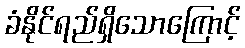
ခံနိုင်ရည်ရှိသောကြောင့်